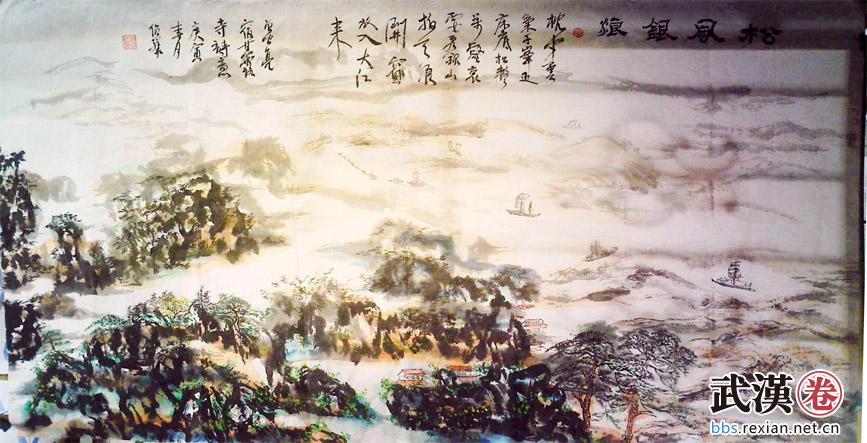
枕中云气千峰近，床底松声万壑哀。